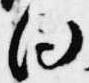
向